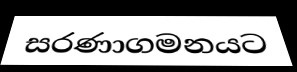
සරණාගමනයට